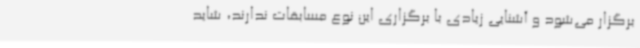
برگزار می‌شود و آشنایی زیادی با برگزاری این نوع مسابقات ندارند، شاید